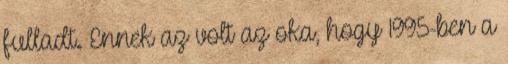
fulladt. Ennek az volt az oka, hogy 1995-ben a